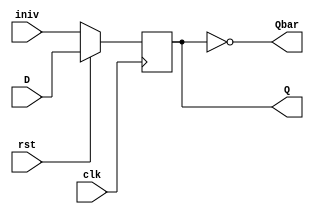
module dff(input D, input iniv, input clk, input rst, output reg Q, output Qbar);
always @(posedge clk)
if(!rst) 
    Q <= iniv;
else
    Q <= D;
assign Qbar = !Q;
endmodule

module ringcounter(input rst, input clk, output [3:0] out);

wire d0,d1,d2,d3,q0,q1,q2,q3,qn0,qn1,qn2,qn3;

assign d0 = q1;
assign d1 = q2;
assign d2 = q3;
assign d3 = q1^q0;

dff df0 (d0, 1'b1, clk, rst, q0, qn0);
dff df1 (d1, 1'b0, clk, rst, q1, qn1);
dff df2 (d2, 1'b0, clk, rst, q2, qn2);
dff df3 (d3, 1'b0, clk, rst, q3, qn3);

assign out = {d3,d2,d1,d0};
endmodule